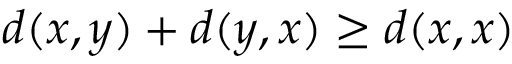
d ( x , y ) + d ( y , x ) \geq d ( x , x )